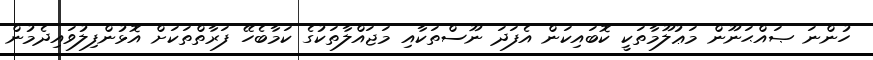
ހުންނަ ޞައްޙަނޫން މަޢުލޫމާތަކީ ކޮބައިކަން އެފަދަ ނޫސްތަކާއި މަޖައްލާތަކުގެ ކަމާބެހޭ ފަރާތްތަކަށް އޮޅުންފިލުވައިދެމުން